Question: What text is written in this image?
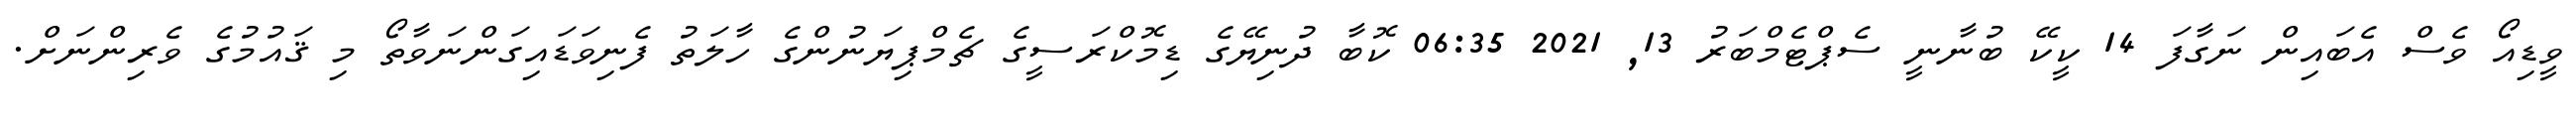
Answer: ވީޑިއޯ ވެސް އެބައިން ނަގާފަ 14 ކީކޭ ބުނާނީ ސެޕްޓެމްބަރު 13, 2021 06:35 ކޮބާ ދުނިޔޭގެ ޑިމޮކްރަސީގެ ޗެމްޕިޔަނުންގެ ހާލަތު ފެނިވަޑައިގަންނަވާތޯ މި ޤައުމުގެ ވެރިންނަށް.